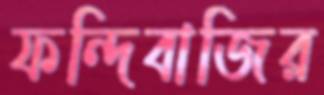
ফন্দিবাজির